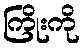
ကြိုးကို